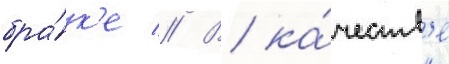
бра́к'е // В ка́честв'е